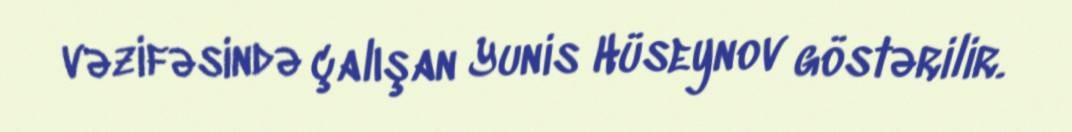
vəzifəsində çalışan Yunis Hüseynov göstərilir.